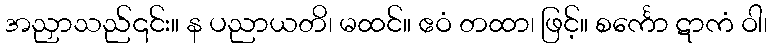
အညှာသည်၎င်း။ န ပညာယတိ၊ မထင်။ ဧဝံ တထာ၊ ဖြင့်။ စင်္ကော ဋာကံ ဝါ၊